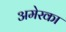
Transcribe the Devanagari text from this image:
अमेरका